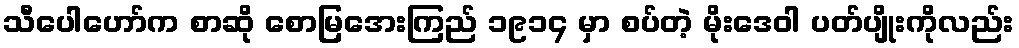
သီပေါဟော်က စာဆို စောမြအေးကြည် ၁၉၁၄ မှာ စပ်တဲ့ မိုးဒေဝါ ပတ်ပျိုးကိုလည်း